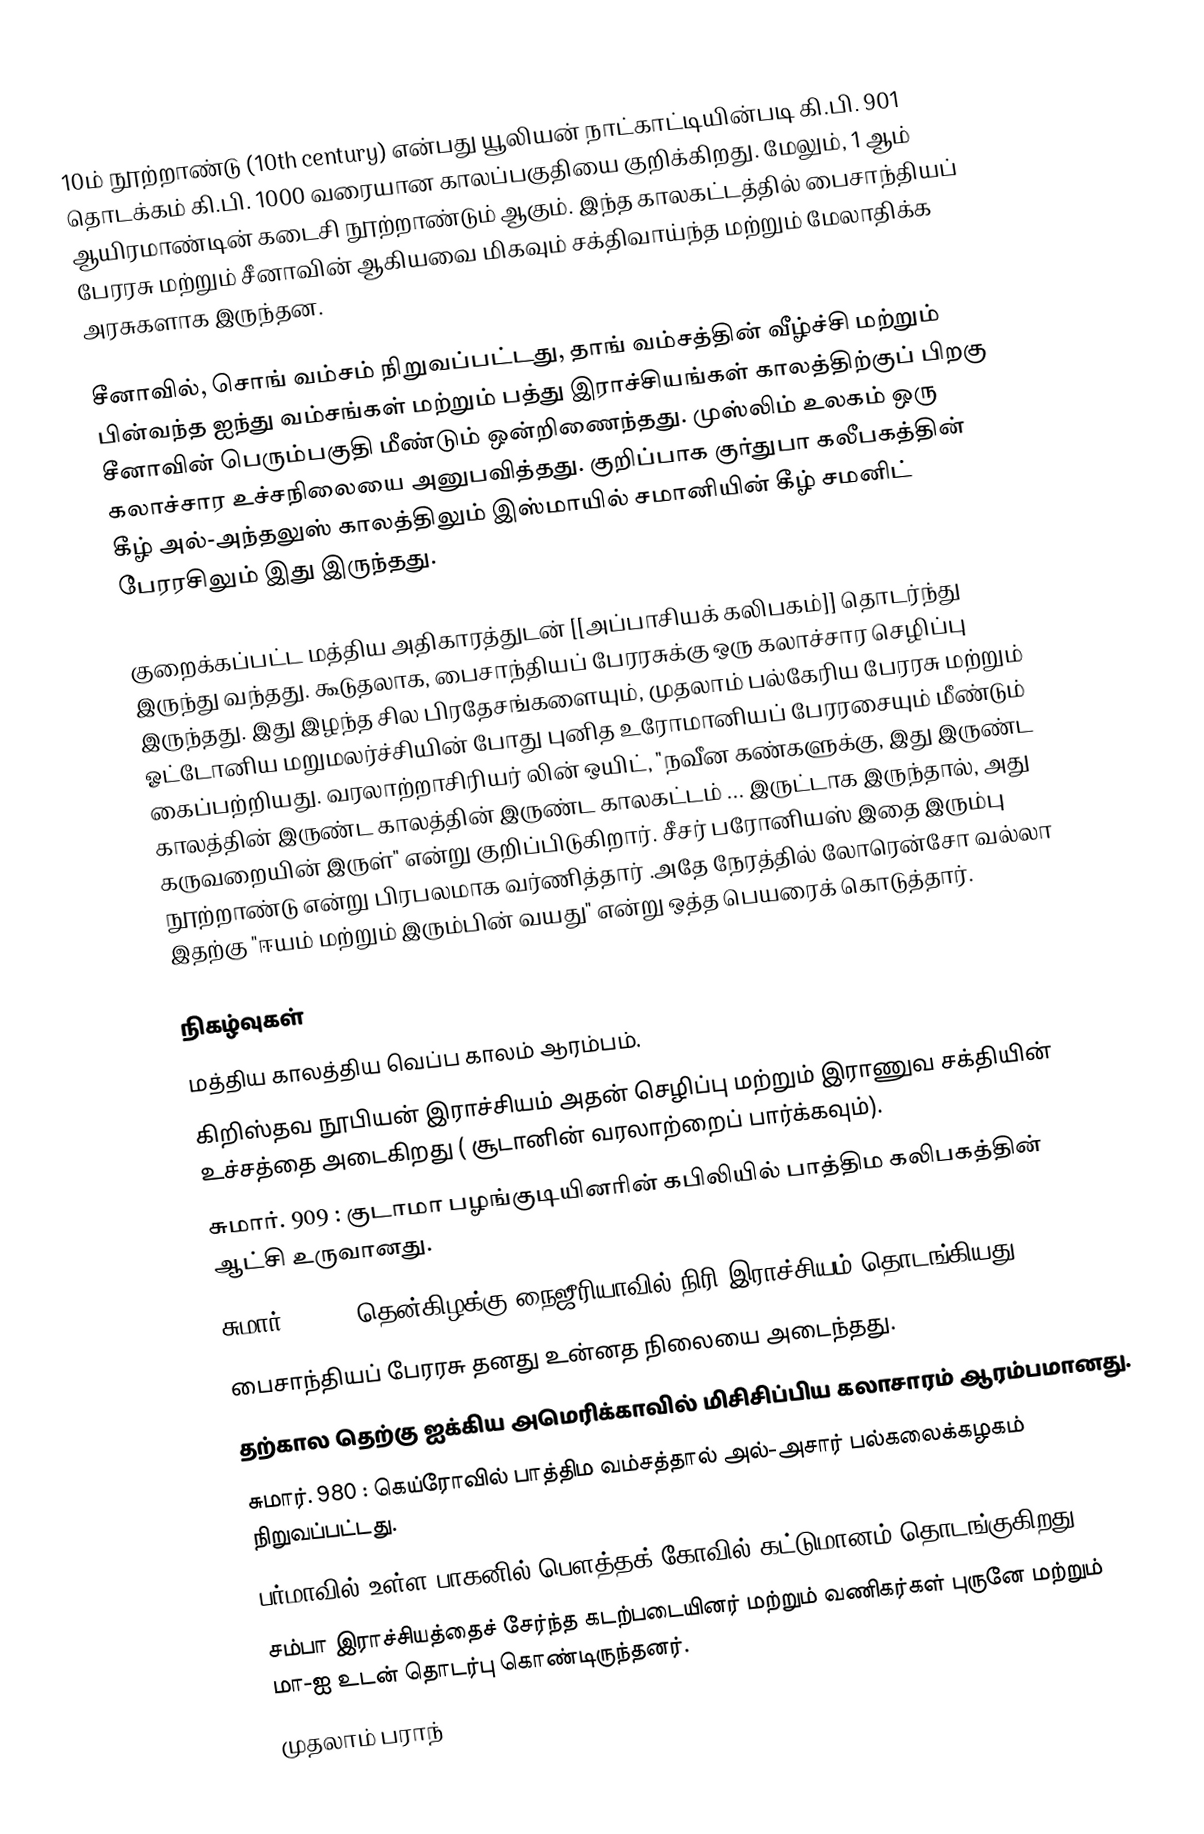
10ம் நூற்றாண்டு (10th century) என்பது யூலியன் நாட்காட்டியின்படி கி.பி. 901 தொடக்கம் கி.பி. 1000 வரையான காலப்பகுதியை குறிக்கிறது. மேலும், 1 ஆம் ஆயிரமாண்டின் கடைசி நூற்றாண்டும் ஆகும். இந்த காலகட்டத்தில் பைசாந்தியப் பேரரசு மற்றும் சீனாவின்  ஆகியவை மிகவும் சக்திவாய்ந்த மற்றும் மேலாதிக்க அரசுகளாக இருந்தன.

சீனாவில், சொங் வம்சம் நிறுவப்பட்டது, தாங் வம்சத்தின் வீழ்ச்சி மற்றும் பின்வந்த ஐந்து வம்சங்கள் மற்றும் பத்து இராச்சியங்கள் காலத்திற்குப் பிறகு சீனாவின் பெரும்பகுதி மீண்டும் ஒன்றிணைந்தது. முஸ்லிம் உலகம் ஒரு கலாச்சார உச்சநிலையை அனுபவித்தது. குறிப்பாக குர்துபா கலீபகத்தின் கீழ் அல்-அந்தலுஸ் காலத்திலும் இஸ்மாயில் சமானியின் கீழ் சமனிட் பேரரசிலும் இது இருந்தது.

குறைக்கப்பட்ட மத்திய அதிகாரத்துடன் [[அப்பாசியக் கலிபகம்]] தொடர்ந்து இருந்து வந்தது. கூடுதலாக, பைசாந்தியப் பேரரசுக்கு ஒரு கலாச்சார செழிப்பு இருந்தது. இது இழந்த சில பிரதேசங்களையும், முதலாம் பல்கேரிய பேரரசு மற்றும் ஓட்டோனிய மறுமலர்ச்சியின் போது புனித உரோமானியப் பேரரசையும் மீண்டும் கைப்பற்றியது. வரலாற்றாசிரியர் லின் ஒயிட், "நவீன கண்களுக்கு, இது இருண்ட காலத்தின் இருண்ட காலத்தின் இருண்ட காலகட்டம் ... இருட்டாக இருந்தால், அது கருவறையின் இருள்" என்று குறிப்பிடுகிறார். சீசர் பரோனியஸ் இதை இரும்பு நூற்றாண்டு என்று பிரபலமாக வர்ணித்தார் .அதே நேரத்தில் லோரென்சோ வல்லா இதற்கு "ஈயம் மற்றும் இரும்பின் வயது" என்று ஒத்த பெயரைக் கொடுத்தார்.

நிகழ்வுகள்
 மத்திய காலத்திய வெப்ப காலம் ஆரம்பம்.
கிறிஸ்தவ நூபியன் இராச்சியம் அதன் செழிப்பு மற்றும் இராணுவ சக்தியின் உச்சத்தை அடைகிறது ( சூடானின் வரலாற்றைப் பார்க்கவும்).
சுமார். 909 : குடாமா பழங்குடியினரின் கபிலியில் பாத்திம கலிபகத்தின் ஆட்சி உருவானது.
 சுமார். 948 : தென்கிழக்கு நைஜீரியாவில் நிரி இராச்சியம் தொடங்கியது.
 பைசாந்தியப் பேரரசு தனது உன்னத நிலையை அடைந்தது.
 தற்கால தெற்கு ஐக்கிய அமெரிக்காவில் மிசிசிப்பிய கலாசாரம் ஆரம்பமானது.
 சுமார். 980 : கெய்ரோவில் பாத்திம வம்சத்தால் அல்-அசார் பல்கலைக்கழகம் நிறுவப்பட்டது.
 பர்மாவில் உள்ள பாகனில் பௌத்தக் கோவில் கட்டுமானம் தொடங்குகிறது.
 சம்பா இராச்சியத்தைச் சேர்ந்த கடற்படையினர் மற்றும் வணிகர்கள் புருனே மற்றும் மா-ஐ உடன் தொடர்பு கொண்டிருந்தனர்.
 முதலாம் பராந்